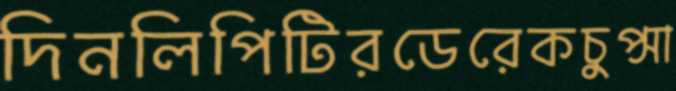
দিনলিপিটিরডেরেকচুপ্‌সা